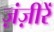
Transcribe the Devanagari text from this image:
ज़ंज़ीरें